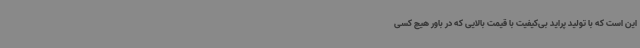
این است که با تولید پراید بی‌کیفیت با قیمت بالایی که در باور هیچ کسی